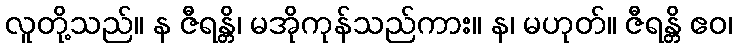
လူတို့သည်။ န ဇီရန္တိ၊ မအိုကုန်သည်ကား။ န၊ မဟုတ်။ ဇီရန္တိ ဧဝ၊